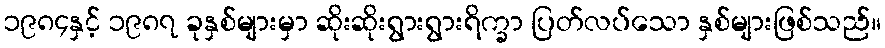
၁၉၈၄နှင့် ၁၉၈၇ ခုနှစ်များမှာ ဆိုးဆိုးရွားရွားရိက္ခာ ပြတ်လပ်သော နှစ်များဖြစ်သည်။